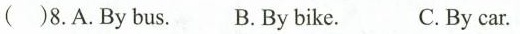
( )8.A.By bus. B.By bike. C.By car.